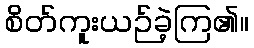
စိတ်ကူးယဉ်ခဲ့ကြ၏။